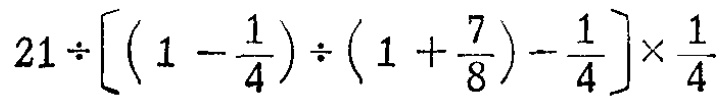
$21\div\left[\left(1 - \dfrac{1}{4}\right)\div\left(1 + \dfrac{7}{8}\right)-\dfrac{1}{4}\right]\times\dfrac{1}{4}$